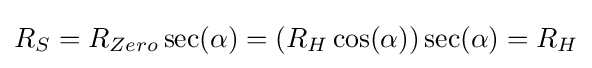
R_{S}=R_{Zero}\sec(\alpha )=\left(R_{H}\cos(\alpha )\right)\sec(\alpha )=R_{H}